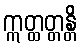
ဣတ္ထတ္တန္တိ